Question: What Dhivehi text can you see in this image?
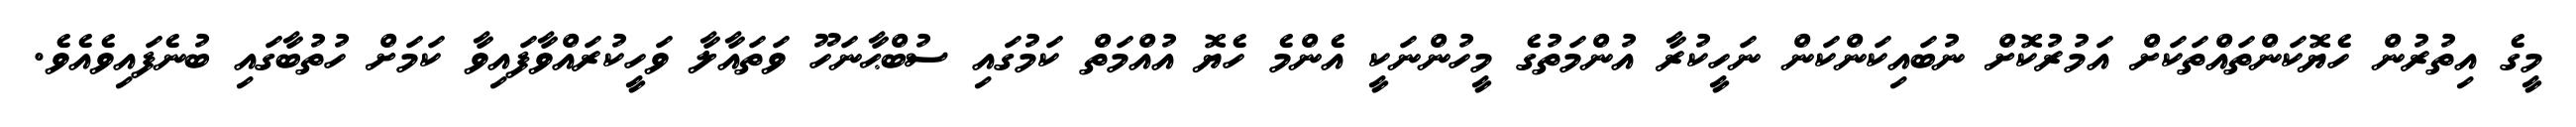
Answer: މީގެ އިތުރުން ހެޔޮކަންތައްތަކަށް އަމުރުކޮށް ނުބައިކަންކަން ނަހީކުރާ އުންމަތުގެ މީހުންނަކީ އެންމެ ހެޔޮ އުއްމަތް ކަމުގައި ސުބްޙާނަހޫ ވަތައާލާ ވަހީކުރައްވާފައިވާ ކަމަށް ހުތުބާގައި ބުނެފައިވެއެވެ.